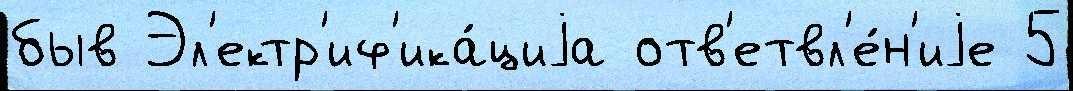
быв Эл'ектр'иф'ика́циjа отв'етвл'е́н'иjе 5